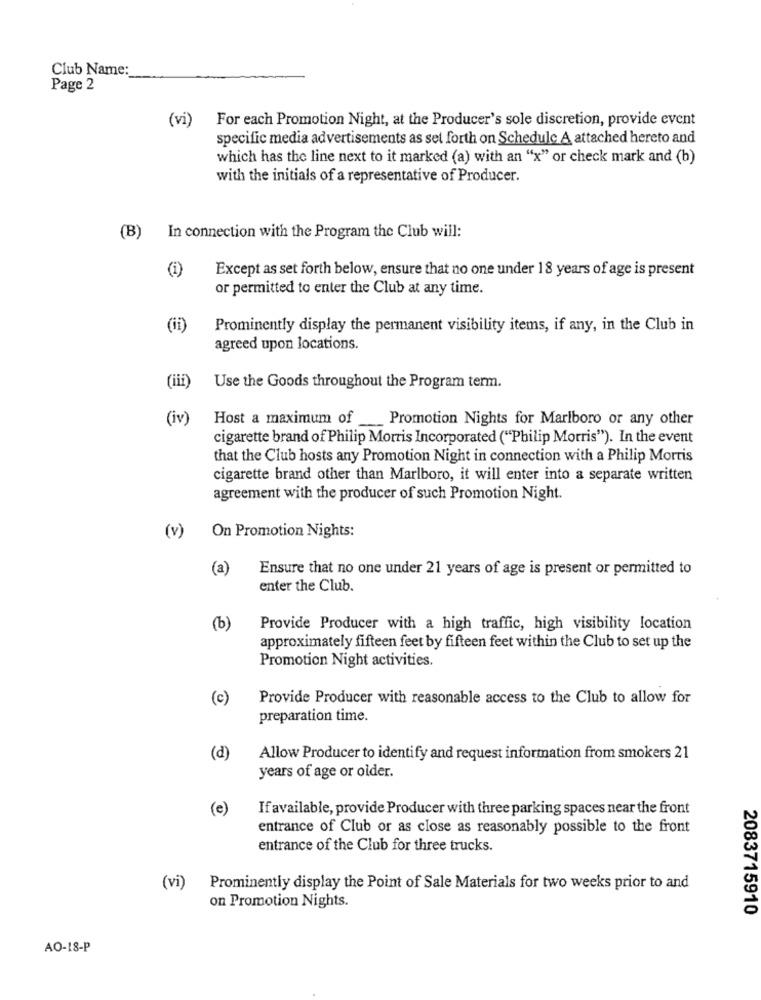
Club Name:
Page 2
(vi)
For each Promotion Night, at the Producer's sole discretion, provide event
specific media advertisements as set forth on Schedule A attached hereto and
which has the line next to it marked (a) with an "x" or check mark and (b)
with the initials of a representative of Producer.
(B)
In connection with the Program the Club will:
Except as set forth below, ensure that no one under 18 years of age is present
or permitted to enter the Club at any time.
(ii)
Prominently display the permanent visibility items, if any, in the Club in
agreed upon locations.
(iii)
Use the Goods throughout the Program term.
(iv)
Host a maximum of Promotion Nights for Marlboro or any other
cigarette brand of Philip Morris Incorporated ("Philip Morris"). In the event
that the Club hosts any Promotion Night in connection with a Philip Morris
cigarette brand other than Marlboro, it will enter into a separate written
agreement with the producer of such Promotion Night.
(v)
On Promotion Nights:
(a)
Ensure that no one under 21 years of age is present or permitted to
enter the Club.
(b)
Provide Producer with a high traffic, high visibility location
approximately fifteen feet by fifteen feet within the Club to set up the
Promotion Night activities.
(c)
Provide Producer with reasonable access to the Club to allow for
preparation time.
(d)
Allow Producer to identify and request information from smokers 21
years of age or older.
(e)
If available, provide Producer with three parking spaces near the front
entrance of Club or as close as reasonably possible to the front
entrance of the Club for three trucks.
(vi)
Prominently display the Point of Sale Materials for two weeks prior to and
on Promotion Nights.
2083715910
AO-18-P